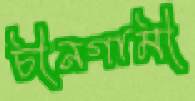
চীনগামী